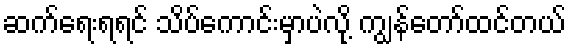
ဆက်ရေးရရင် သိပ်ကောင်းမှာပဲလို့ ကျွန်တော်ထင်တယ်